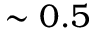
\sim 0 . 5